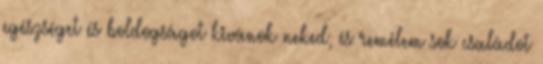
egészséget és boldogságot kivánok neked, és remélem sok családot